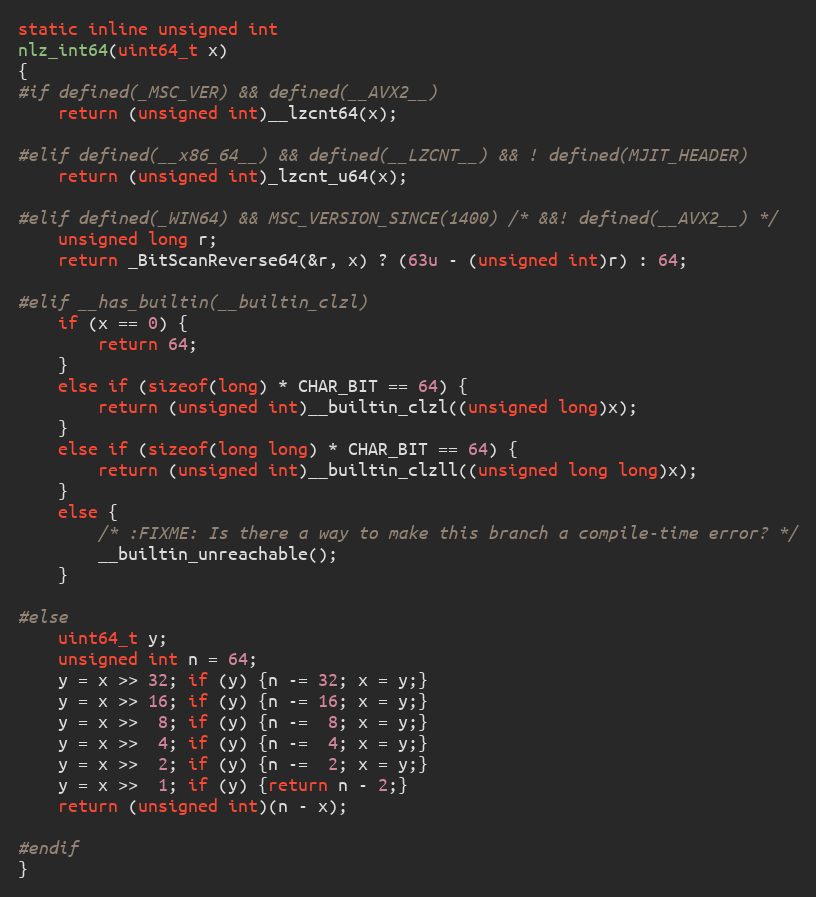
Language: C
static inline unsigned int
nlz_int64(uint64_t x)
{
#if defined(_MSC_VER) && defined(__AVX2__)
    return (unsigned int)__lzcnt64(x);

#elif defined(__x86_64__) && defined(__LZCNT__) && ! defined(MJIT_HEADER)
    return (unsigned int)_lzcnt_u64(x);

#elif defined(_WIN64) && MSC_VERSION_SINCE(1400) /* &&! defined(__AVX2__) */
    unsigned long r;
    return _BitScanReverse64(&r, x) ? (63u - (unsigned int)r) : 64;

#elif __has_builtin(__builtin_clzl)
    if (x == 0) {
        return 64;
    }
    else if (sizeof(long) * CHAR_BIT == 64) {
        return (unsigned int)__builtin_clzl((unsigned long)x);
    }
    else if (sizeof(long long) * CHAR_BIT == 64) {
        return (unsigned int)__builtin_clzll((unsigned long long)x);
    }
    else {
        /* :FIXME: Is there a way to make this branch a compile-time error? */
        __builtin_unreachable();
    }

#else
    uint64_t y;
    unsigned int n = 64;
    y = x >> 32; if (y) {n -= 32; x = y;}
    y = x >> 16; if (y) {n -= 16; x = y;}
    y = x >>  8; if (y) {n -=  8; x = y;}
    y = x >>  4; if (y) {n -=  4; x = y;}
    y = x >>  2; if (y) {n -=  2; x = y;}
    y = x >>  1; if (y) {return n - 2;}
    return (unsigned int)(n - x);

#endif
}